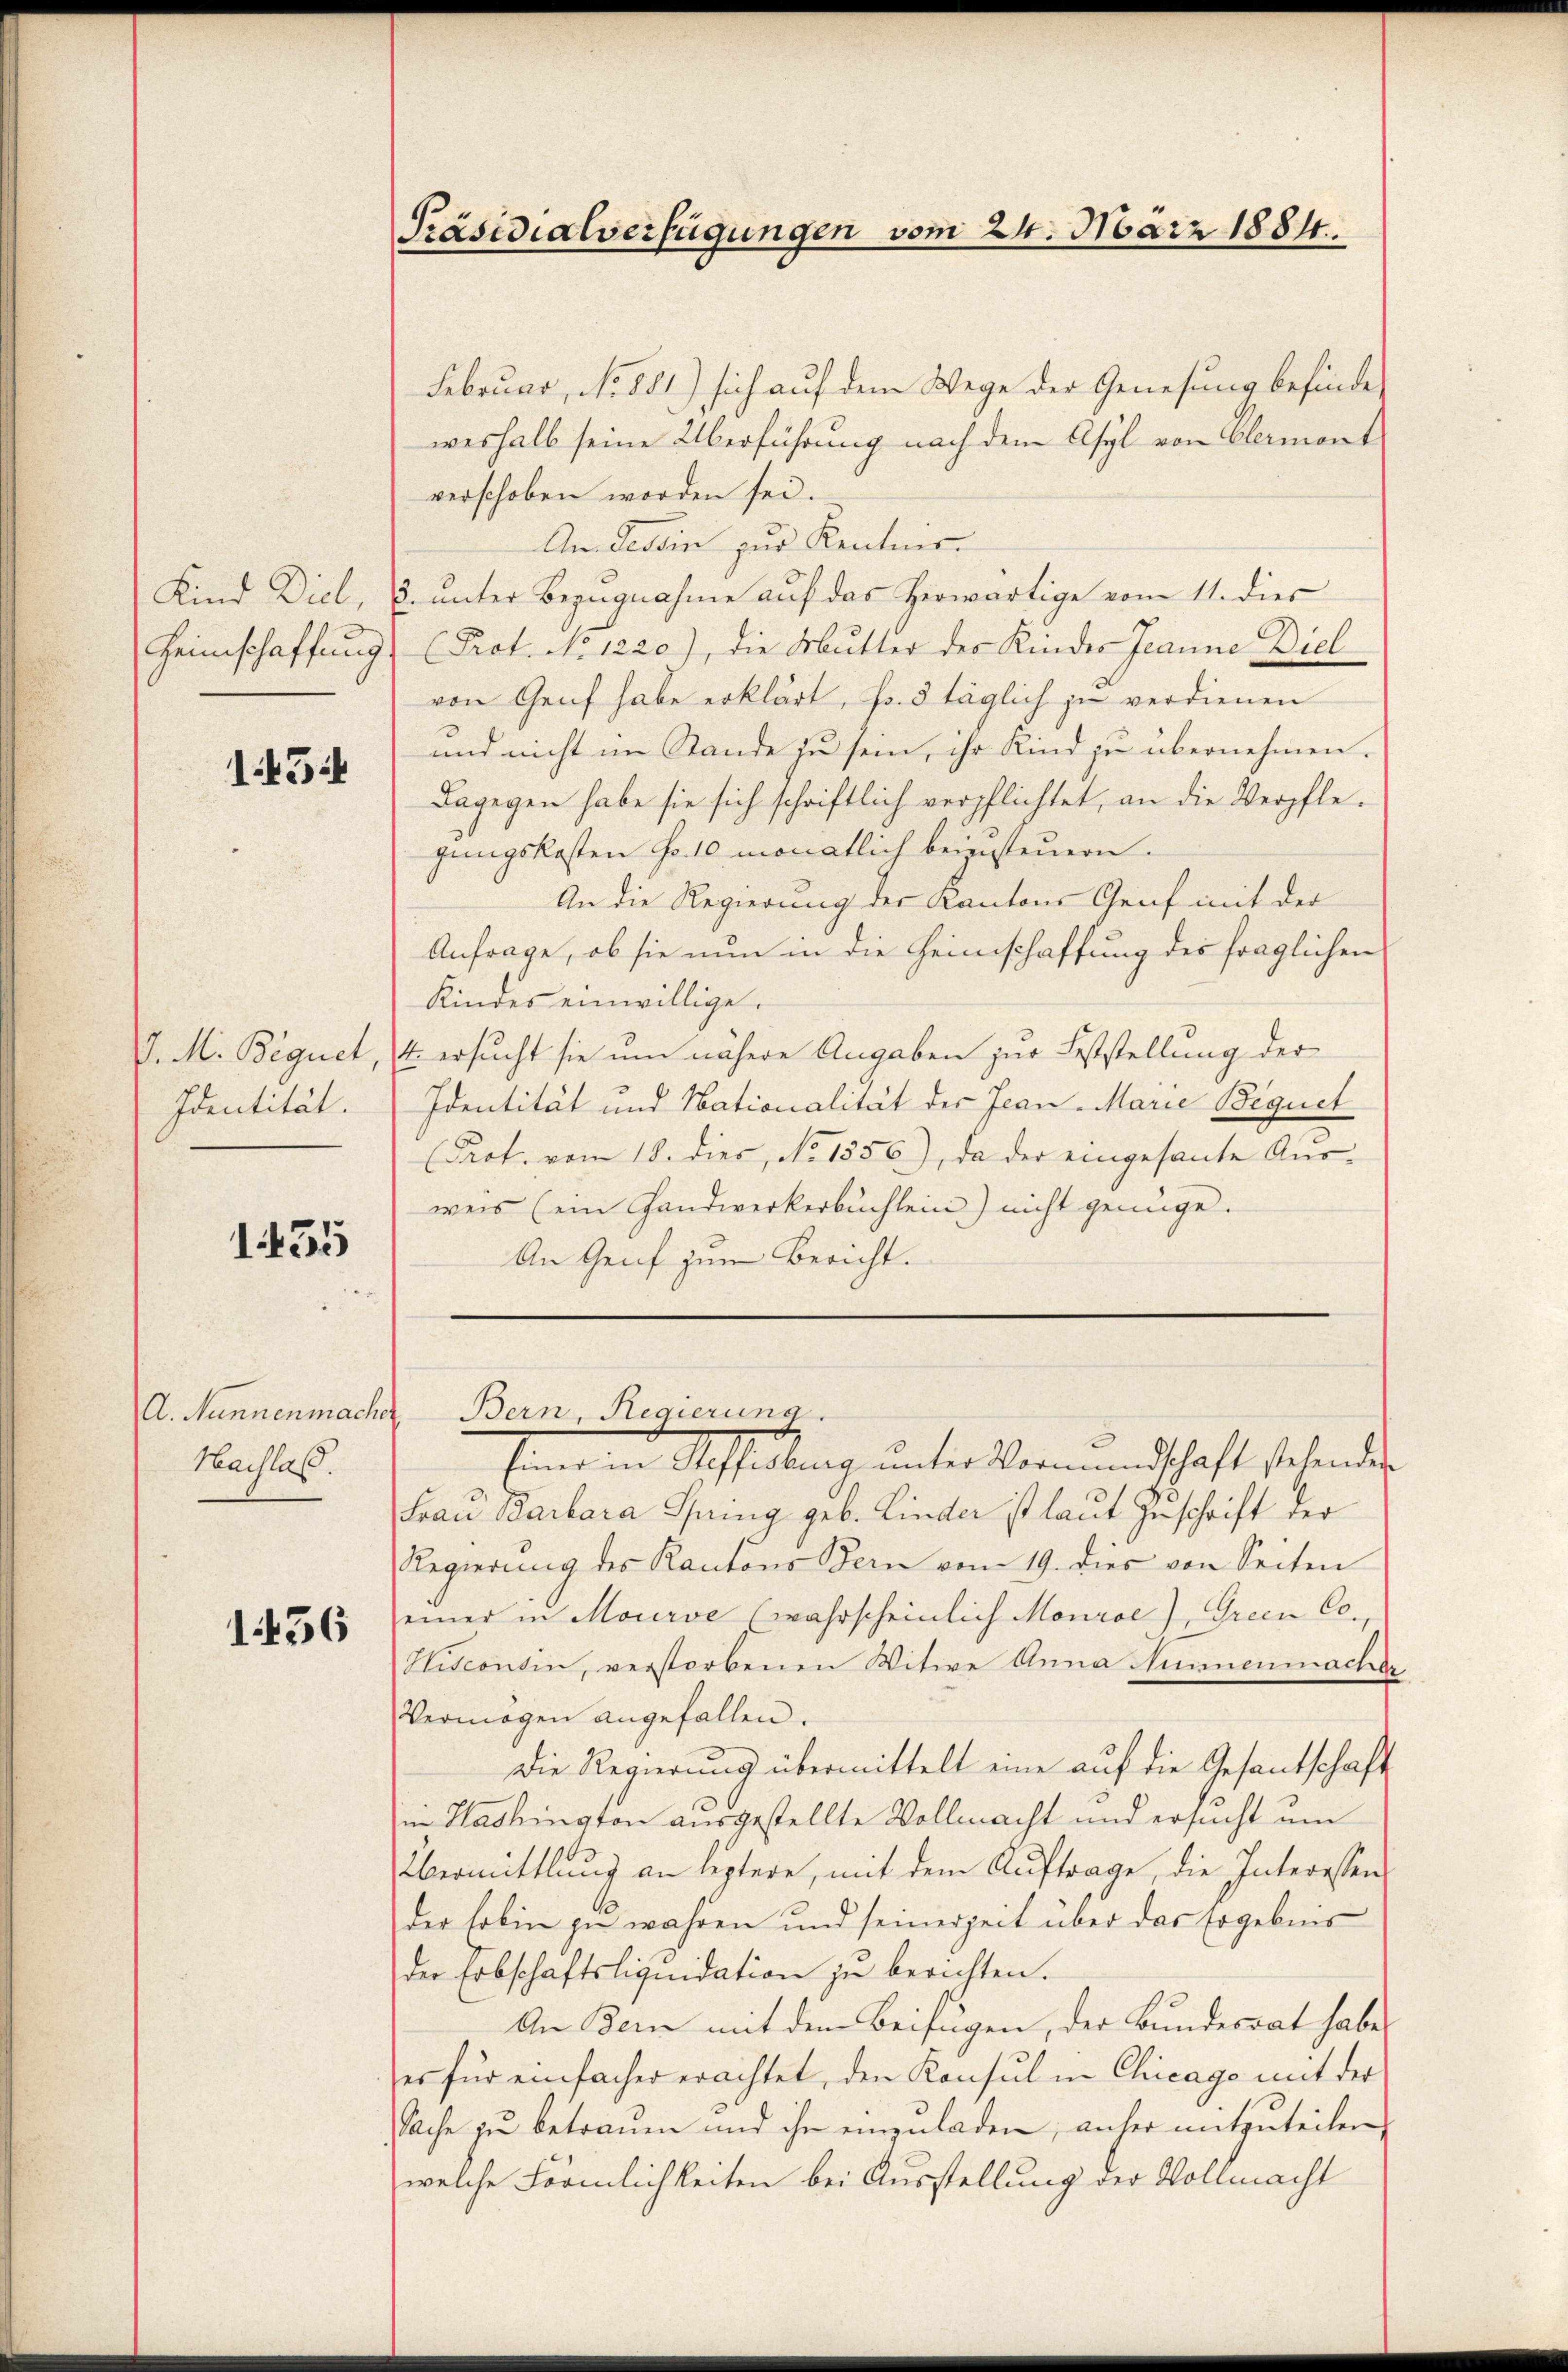
151

. M. Beguet
Identität.

1435

Nachlaß.

1456

Präsidialverfügungen vom 24. März 1884.

Februar, No 881.) sich auf dem Wege der Genesung befindeweshalb seine Überführung nach dem Asyl von Olermont
verschoben worden sei.
An Tessin zur Kentnis.
Kind Diel, 3. unter Bezugnahme auf das Herwärtige vom 11. dies
Heimschaffung (Prot. No 1220), die Mutter der Kindes Jeanne Diel
von Genf habe erklärt, s. 5 täglich zu verdienen
und nicht im Stande zu sein, ihr Kind zu übernehmen.
Dagegen habe sie sich schriftlich verpflichtet, an die Verpflegungskosten Fr. 10 monatlich beinsteuern.
An die Regierung der Kantons Genf mit der
Anfrage, ob sie nun in die Heimschaffung des fraglichen
Kindes einwillige.
4 ersucht sie um nähere Angaben zur Feststellung der
Identität und Nationalität der Jean-Marie Bequet
Prot. vom 18. dies, No 1556), da der eingesante Ausweis (ein Handwerkerbuchlein nicht genüge.
An Genf zum Bericht.

Frau Barbara Spring geb. Linder ist laut Zuschrift der
Regierŭng des Kantons Bern vom 19. dies von Seiten
einer in Mourve (wahrscheinlich Monroe), Green Co
Sitcontin, verstorbenen Witwe Anna Hunnenmacher.
Vermögen angefallen.
Die Regierung übermittelt eine auf die Gesantschaft
in Washington ausgestellte Vollmacht und ersucht um
Übermittlung an leztere, mit dem Auftrage, die Interessen
der Erbin zu wahren und seinerzeit über das Ergebens
der Erbschaftsliquidation zu berichten.
An Bern mit dem Beifügen, der Bundesrat habe,
es für einfacher erachtet, den Konsul in Chicago mit der
Sache zu betrauen und ihn einzuladen, anher mitzuteilen
welche Förmlichkeiten bei Ausstellung der Vollmacht

A. Nunnenmacher Bern, Regierung.
Eine in Ansiedlung unter Vermundschaft stehenden